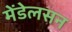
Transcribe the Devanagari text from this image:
मेंडेलसन